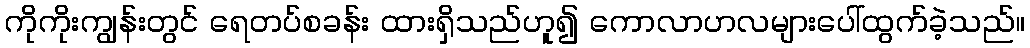
ကိုကိုးကျွန်းတွင် ရေတပ်စခန်း ထားရှိသည်ဟူ၍ ကောလာဟလများပေါ်ထွက်ခဲ့သည်။